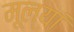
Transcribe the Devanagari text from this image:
मूल्यां